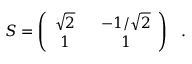
S = \left( \begin{array} { c c } { { \sqrt { 2 } \ } } & { { \ - 1 / \sqrt { 2 } } } \\ { { 1 \ } } & { { \ 1 } } \end{array} \right) \ \ .